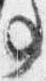
事